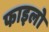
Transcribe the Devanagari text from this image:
फाइलो